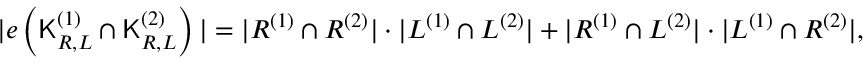
\begin{array} { r } { \vert e \left( { \mathsf { K } } _ { { \cal R } , { \cal L } } ^ { \left( 1 \right) } \cap { \mathsf { K } } _ { { \cal R } , { \cal L } } ^ { \left( 2 \right) } \right) \vert = \vert { \cal R } ^ { \left( 1 \right) } \cap { \cal R } ^ { \left( 2 \right) } \vert \cdot \vert { \cal L } ^ { \left( 1 \right) } \cap { \cal L } ^ { \left( 2 \right) } \vert + \vert { \cal R } ^ { \left( 1 \right) } \cap { \cal L } ^ { \left( 2 \right) } \vert \cdot \vert { \cal L } ^ { \left( 1 \right) } \cap { \cal R } ^ { \left( 2 \right) } \vert , } \end{array}